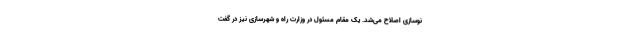
نوسازی اصلاح می‌شد. یک مقام مسئول در وزارت راه و شهرسازی نیز در گفت